Scientific memoirs by medical officers of the Army of India - Part III,
Year: 1887
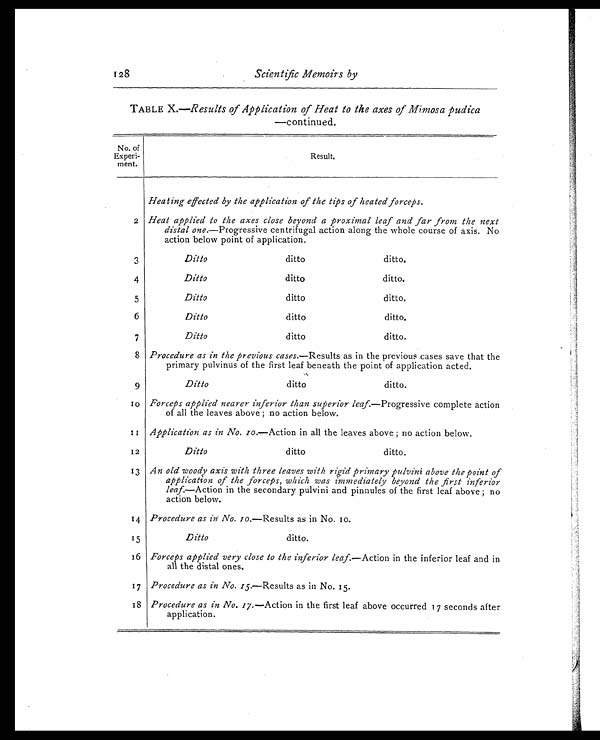
128 Scientific Memoirs by
TABLE X.—Results of Application of Heat to the axes of Mimosa pudica
—continued.
No. of
Experi-
ment.
Result.
Heating effected by the application of the tips of heated forceps.
2 Heat applied to the axes close beyond a proximal leaf and far from the next
distal one. —Progressive centrifugal action along the whole course of axis. No
action below point of application.
3
Ditto
ditto
ditto.
4
Ditto
ditto
ditto.
5
Ditto
ditto
ditto.
6
Ditto
ditto
ditto.
7
Ditto
ditto
ditto.
8 Procedure as in the previous cases. —Results as in the previous cases save that the
primary pulvinus of the first leaf beneath the point of application acted.
9
Ditto
ditto
ditto.
1 0 Forceps applied nearer inferior than superior leaf. —Progressive complete action
of all the leaves above ; no action below.
1 1 Application as in No. 10 .—Action in all the leaves above ; no action below.
12
Ditto
ditto
ditto.
13 An old woody axis with three leaves with rigid primary pulvini above the point of
application of the forceps, which was immediately beyond the first inferior
leaf.— A c t i o n i n t h e
s e c o n d a r y
p u l v i n i a n d
p i n n u l e s
of the first leaf above ; no
action below.
14 Procedure as in No. 10.—Results as in No. 10.
15
Ditto
ditto.
16 Forceps applied very close to the inferior leaf.—Act i on i n t he i nferi or l eaf and i n
all the distal ones.
17 Procedure as in No. 15. —Results as in No. 15.
18 Procedure as in No. 17. —Action in the first leaf above occurred 17 seconds after
application.